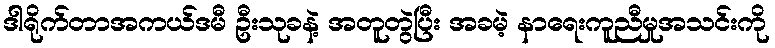
ဒါရိုက်တာအကယ်ဒမီ ဦးသုခနဲ့ အတူတွဲပြီး အခမဲ့ နာရေးကူညီမှုအသင်းကို